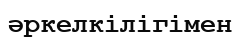
әркелкілігімен